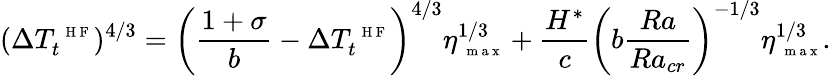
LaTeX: (\Delta T_{t}^{\mathrm{~\scriptsize~H~F~}})^{4/3}=\left(\frac{1+\sigma}{b}-\Delta T_{t}^{\mathrm{~\scriptsize~H~F~}}\right)^{4/3}\eta_{\mathrm{~\scriptsize~m~a~x~}}^{1/3}+\frac{H^{*}}{c}\left(b\frac{Ra}{Ra_{cr}}\right)^{-1/3}\eta_{\mathrm{~\scriptsize~m~a~x~}}^{1/3}.